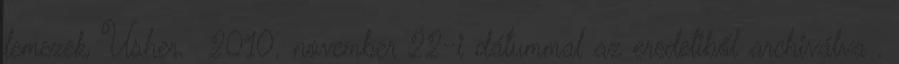
lemezek, Usher. 2010. november 22-i dátummal az eredetiből archiválva .